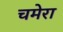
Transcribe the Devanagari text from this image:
चमेरा